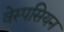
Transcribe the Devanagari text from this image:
वेस्पसियन